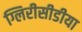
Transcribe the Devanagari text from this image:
ग्लिरीसीडीया